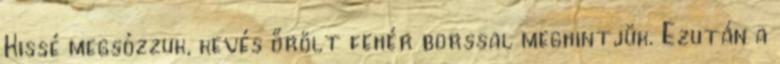
Kissé megsózzuk, kevés őrölt fehér borssal meghintjük. Ezután a